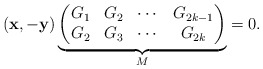
\begin{align*}(\mathbf{x}, -\mathbf{y})\underbrace{\begin{pmatrix}G_{1} & G_{2} & \cdots & G_{2k-1}\\ G_{2} & G_{3} & \cdots & G_{2k}\end{pmatrix}}_M =0.\end{align*}